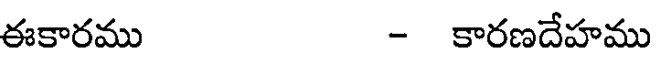
ఈకారము - కారణదేహము